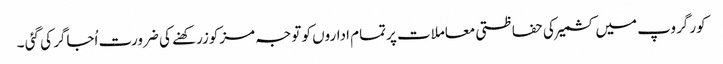
کور گروپ میں کشمیرکی حفاظتی معاملات پرتمام اداروں کو توجہ مزکوزرکھنے کی ضرورت اُجاگر کی گئی ۔